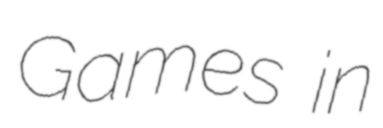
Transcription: Games in